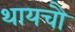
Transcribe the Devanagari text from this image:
थायचौ